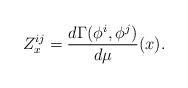
LaTeX: \begin{align*}Z^{ij}_x = \frac{d\Gamma(\phi^i,\phi^j)}{d\mu}(x).\end{align*}